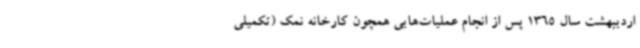
اردیبهشت سال 1365 پس از انجام عملیات‌هایی همچون کارخانه نمک (تکمیلی